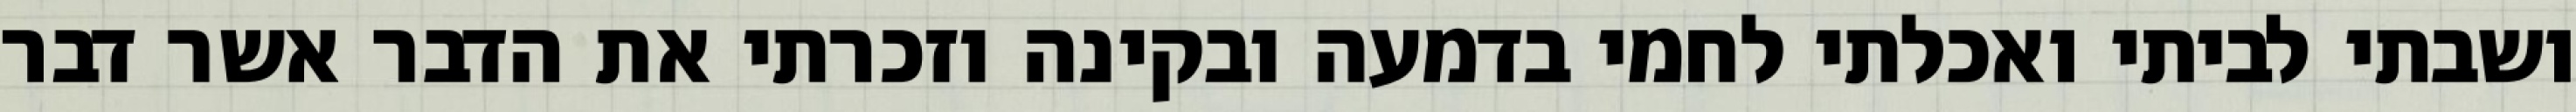
ושבתי לביתי ואכלתי לחמי בדמעה ובקינה וזכרתי את הדבר אשר דבר